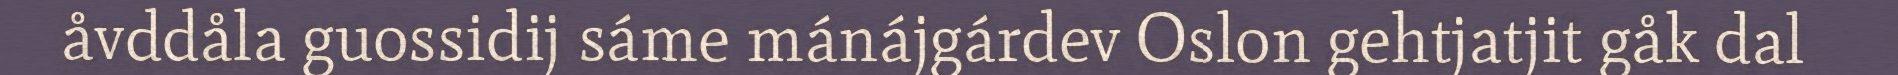
åvddåla guossidij sáme mánájgárdev Oslon gehtjatjit gåk dal